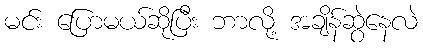
မင်း ပြောမယ်ဆိုပြီး ဘာလို့ အချိန်ဆွဲနေလဲ